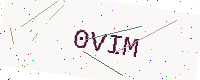
Text: 0VIM